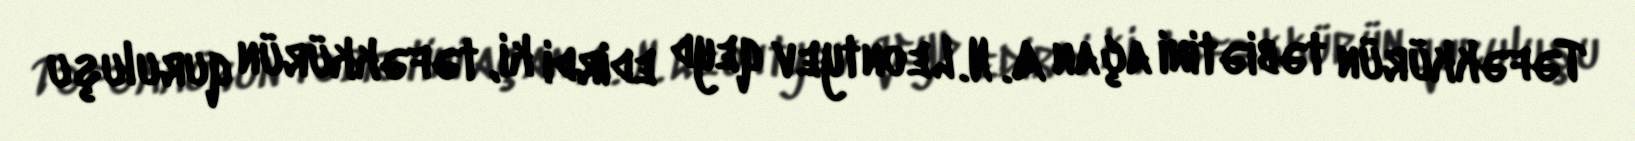
Təfəkkürün təbiətini açan A. N. Leontyev qeyd edirdi ki, təfəkkürün quruluşu